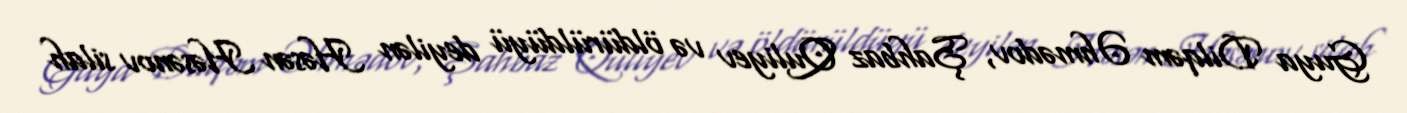
Guya Dilqəm Əhmədov, Şahbaz Quliyev və öldürüldüyü deyilən Həsən Həsənov silah